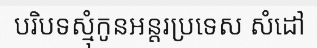
បរិបទស្មុំកូនអន្តរប្រទេស សំដៅ